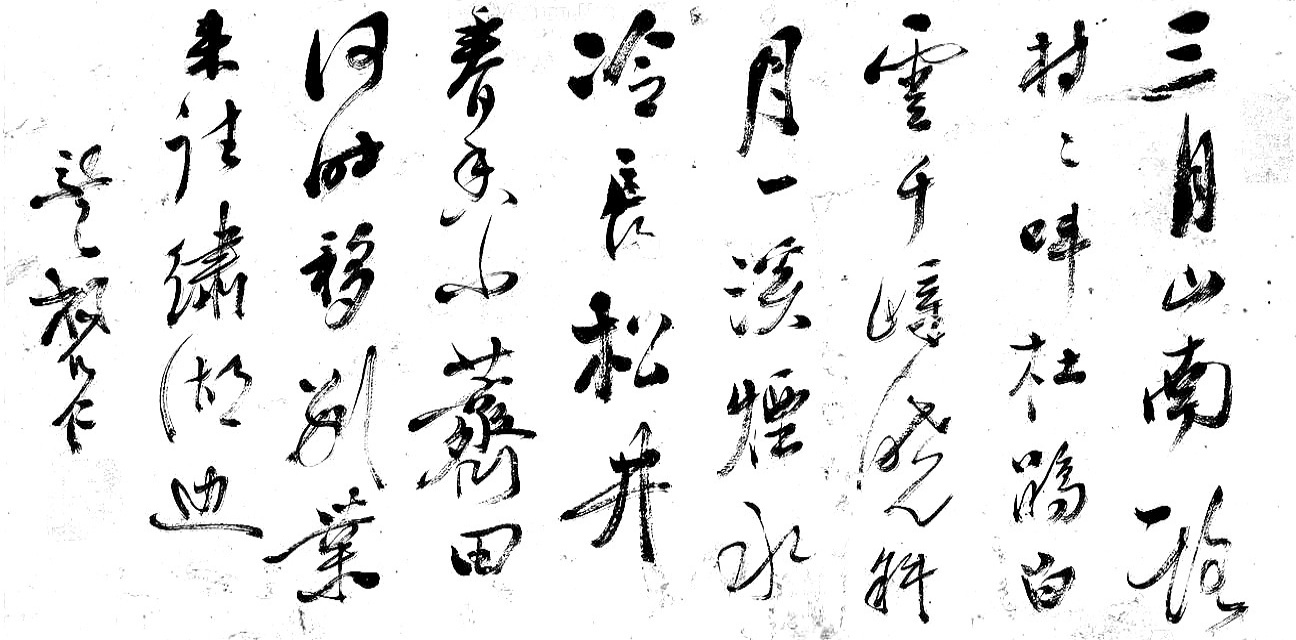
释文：三月山南路，村村叫杜鹃。白云千嶂晓，斜月一溪烟。水冷长松井，春香小荠田。何时移别业？来往绣湖边。体之杨欲仁。